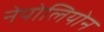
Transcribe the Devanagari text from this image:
नेपोलियोन